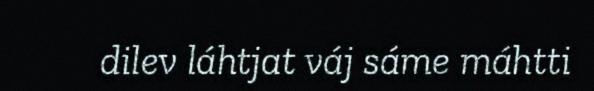
dilev láhtjat váj sáme máhtti